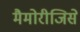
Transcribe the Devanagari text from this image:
मैमोरीजिसे